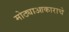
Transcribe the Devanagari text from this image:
मोठ्याआकाराचे